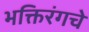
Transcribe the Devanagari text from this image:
भक्तिरंगचे